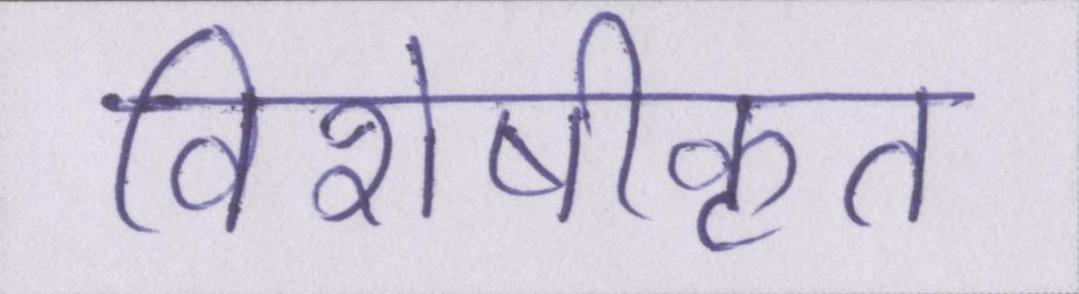
विशेषीकृत